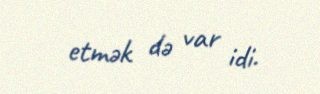
etmək də var idi.